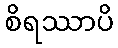
စိရဿာပိ